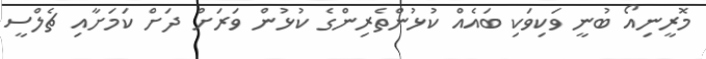
މޮރީނިއޯ ބުނީ ވަކިވަކި ބައެއް ކުޅުންތެރިންގެ ކުޅުން ވަރަށް ދަށް ކަމަށާއި ޗެލްސީ